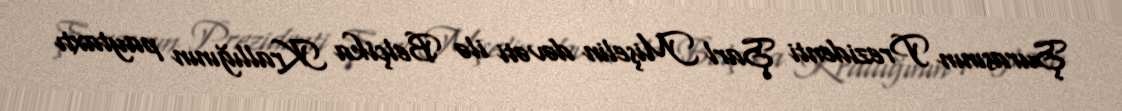
Şurasının Prezidenti Şarl Mişelin dəvəti ilə Belçika Krallığının paytaxtı